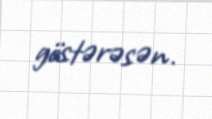
göstərəsən.